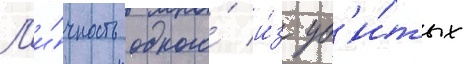
Л'и́чность одного́ и́з уб'и́тых